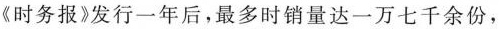
《时务报》发行一年后，最多时销量达一万七千余份，